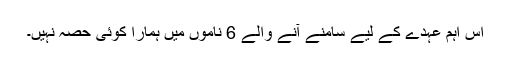
اس اہم عہدے کے لیے سامنے آنے والے 6 ناموں میں ہمارا کوئی حصہ نہیں۔